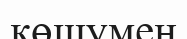
көшумен